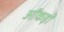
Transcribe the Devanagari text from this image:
ऑंकड़ों